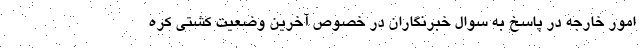
امور خارجه در پاسخ به سوال خبرنگاران در خصوص آخرین وضعیت کشتی کره